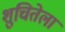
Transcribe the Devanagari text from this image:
शुचितेला